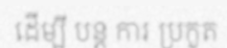
ដើម្បី បន្ត ការ ប្រកួត